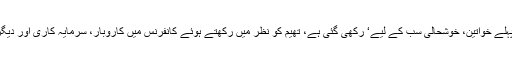
رواں برس ہونے والی جی ای ٹی کانفرنس کی تھیم ’سب سے پہلے خواتین، خوشحالی سب کے لیے‘ رکھی گئی ہے، تھیم کو نظر میں رکھتے ہوئے کانفرنس میں کاروبار، سرمایہ کاری اور دیگر شعبوں میں خواتین کی اہمیت و حیثیت پر بات کی جائے گی۔